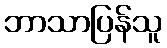
ဘာသာပြန်သူ